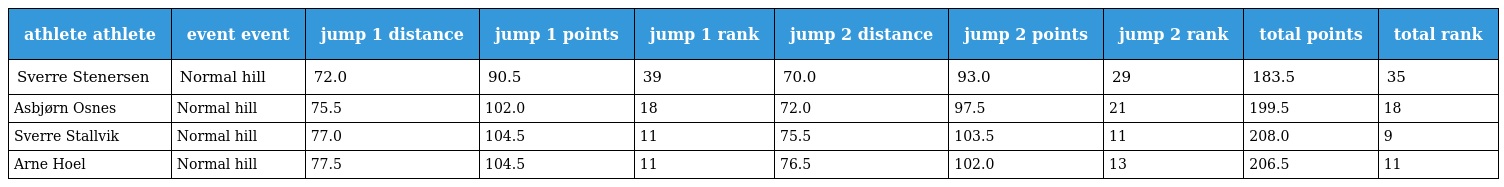
| athlete athlete | event event | jump 1 distance | jump 1 points | jump 1 rank | jump 2 distance | jump 2 points | jump 2 rank | total points | total rank |
 | --- | --- | --- | --- | --- | --- | --- | --- | --- | --- |
 | Sverre Stenersen | Normal hill | 72.0 | 90.5 | 39 | 70.0 | 93.0 | 29 | 183.5 | 35 |
 | Asbjørn Osnes | Normal hill | 75.5 | 102.0 | 18 | 72.0 | 97.5 | 21 | 199.5 | 18 |
 | Sverre Stallvik | Normal hill | 77.0 | 104.5 | 11 | 75.5 | 103.5 | 11 | 208.0 | 9 |
 | Arne Hoel | Normal hill | 77.5 | 104.5 | 11 | 76.5 | 102.0 | 13 | 206.5 | 11 |